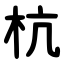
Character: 杭